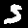
Label: 5